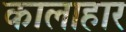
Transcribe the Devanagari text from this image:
कालाहार